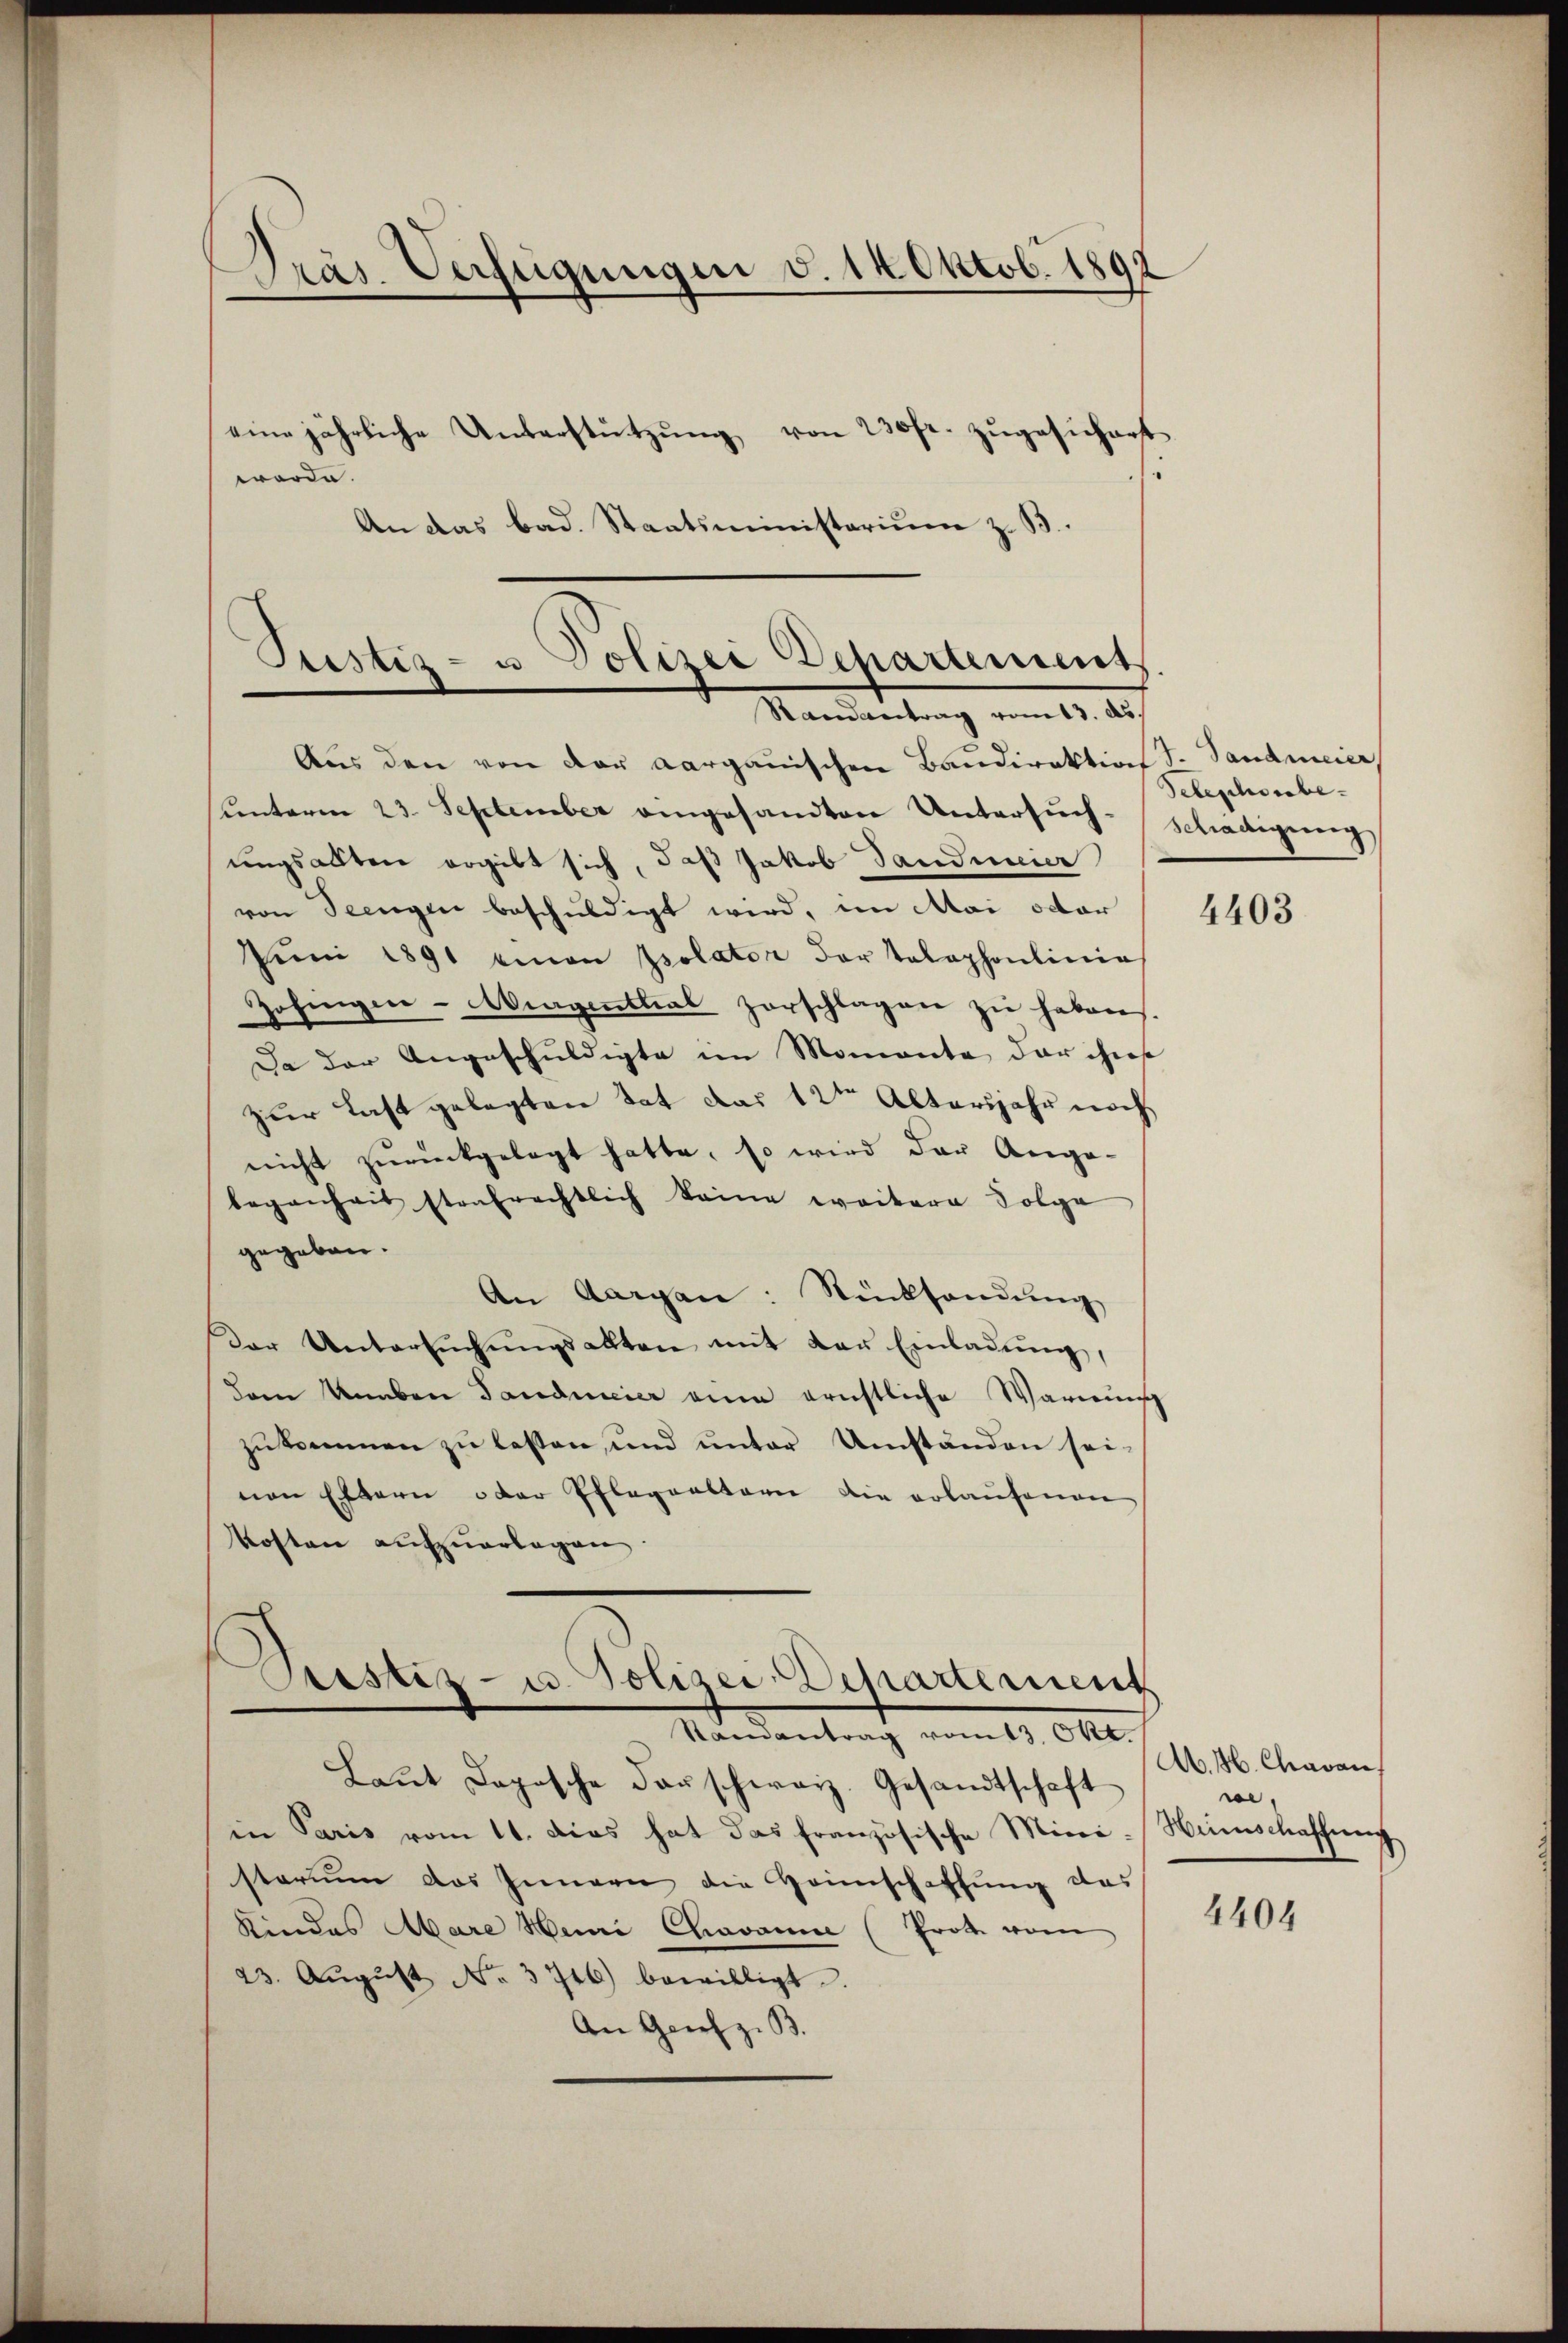
Dras. Verfügungen v. 14 Oktob. 1891

eine jährliche Unterstützung von 230fr. zugesicherst
worde.
An das bad. Staatsministerium z. B.

Justiz- u Polizei Departement
Randantrag vom 13. ds.

Stamantrag vom 13. Okt.

Aus den von der aargauischen Baudirektion d. Sandmeier
unterm 23. September angesandten Untersuch-Schädigung
ungsalten ergibt sich, daß Jakob Sandauer
von Seegen beschuldigt wird, im Mai octor
Jŭni 1891 eman solator der Telephonlinie
Zofingen - Aragentlial zorschlagen zu habens.
Da der Angeschuldigte im Momente der ihrest
zur Last gelegten Tat das 12ten Altersjahr noch
nicht zurückgelegt hatte, so wird der Ange-
begenheit strafrechtlich keine weitere Folge
gegeben.
An Aargau: Rücksendŭng
Der Untersuchungsalten mit der Einladung,
dem Knaben Tandmeier eine ernstliche Warms
zukommen zu lessen, und unter Umständen seivon Eltern oder Pflegensterie die erlaufenen
Kosten aufzuerlagen.
Sistiz- u. Polizei-Departement

Laŭt Dopische der schweiz. Gesandtschaft
in Paris vom 11. Das hat das französische Mini-Nimschaffung
starium das Innern die Heimschaffŭng das
Kindes Mare Heini Chavanne (Prote vom
23. Aŭgŭst No. 3746) bewilligt.
An Geich z. B.

debeschenbe¬

4403

A. H. Chavau
we

4404